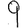
Digit: 9